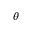
\theta